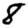
Digit: 8